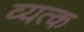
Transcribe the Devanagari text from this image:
व्यत्क